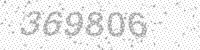
Solution: 369806